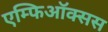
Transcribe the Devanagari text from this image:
एम्फिऑक्सस